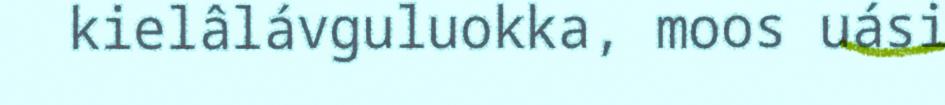
kielâlávguluokka, moos uási